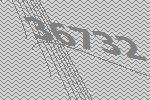
36732